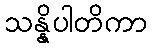
သန္နိပါတိကာ